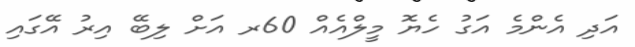
އަދި އެންމެ އަގު ހެޔޮ މީލްއެއް 60ރ އަށް ލިބޭ އިރު އޭގައި